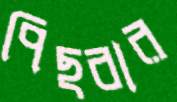
পিছবার